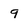
Character: 9